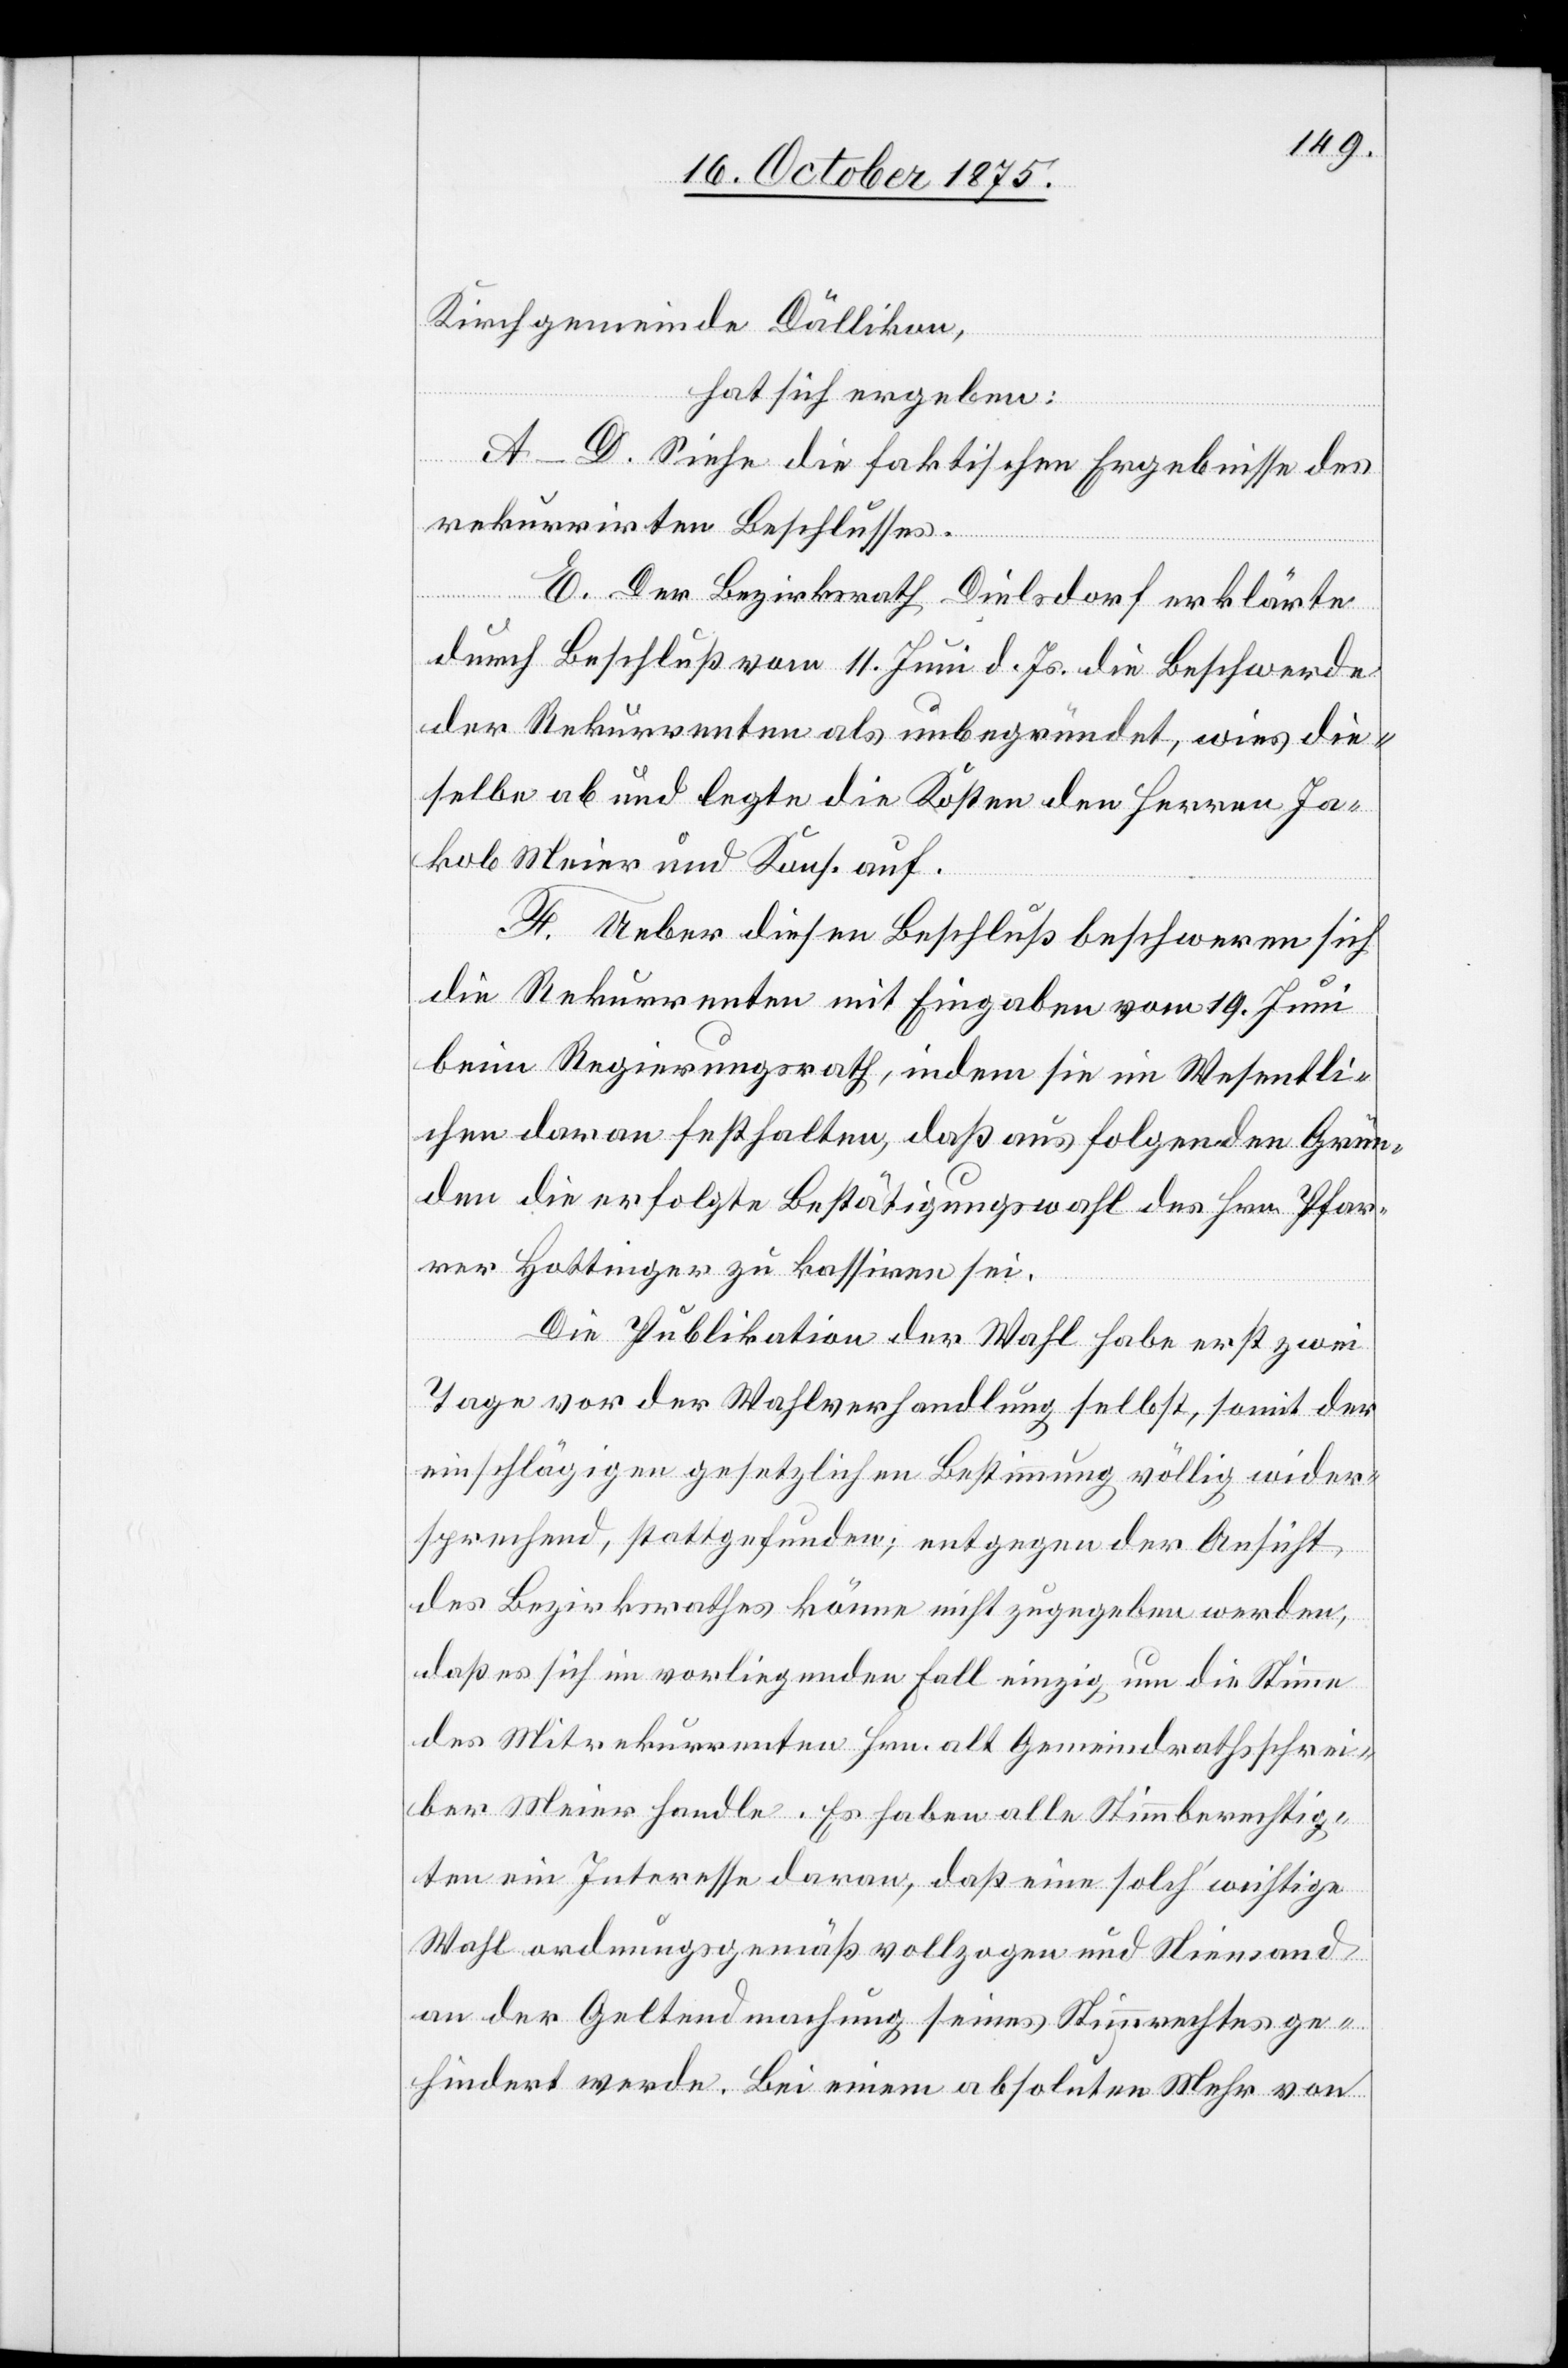
Kirchgemeinde Dällikon,
hat sich ergeben:
A–D. Siehe die faktischen Ergebnisse des
rekurrirten Beschlusses.
E. Der Bezirksrath Dielsdorf erklärte
durch Beschluß vom 11. Juni d. Js. die Beschwerde
der Rekurrenten als unbegründet, wies die¬
selbe ab und legte die Kosten den Herren Ja¬
kob Meier und Kons. auf.
F. Ueber diesen Beschluß beschweren sich
die Rekurrenten mit Eingaben vom 19. Juni
beim Regierungsrath, indem sie im Wesentli¬
chen daran festhalten, daß aus folgenden Grün¬
den die erfolgte Bestätigungswahl des Hrn. Pfar¬
rer Hottinger zu kassiren sei.
Die Publikation der Wahl habe erst zwei
Tage vor der Wahlverhandlung selbst, somit der
einschlägigen gesetzlichen Bestimmung völlig wider¬
sprechend, stattgefunden; entgegen der Ansicht
des Bezirksrathes könne nicht zugegeben werden,
daß es sich im vorliegenden Fall einzig um die Stimme
des Mitrekurrenten Hrn. alt Gemeindrathsschrei¬
ber Meier handle. Es haben alle Stimmberechtig¬
ten ein Interesse daran, daß eine solch‘ wichtige
Wahl ordnungsgemäß vollzogen und Niemand
an der Geltendmachung seines Stimmrechtes ge¬
hindert werde. Bei einem absoluten Mehr von